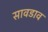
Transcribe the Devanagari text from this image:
सावडाव